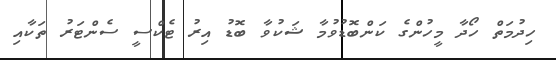
ހިދުމަތް ހޯދާ މީހުންގެ ކަންބޮޑުވުމާ ޝަކުވާ ބޮޑު އިރު ޓެކްސީ ސެންޓަރު ތަކާއި